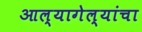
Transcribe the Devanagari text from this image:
आल्यागेल्यांचा